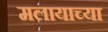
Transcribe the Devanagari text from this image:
मलायाच्या